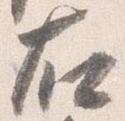
右